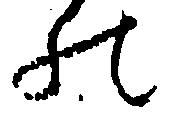
の